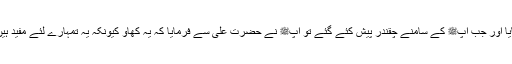
اس لئے آپﷺ نے حضرت علیؓ کو منع فرمایا اور جب آپﷺ کے سامنے چقندر پیش کئے گئے تو آپﷺ نے حضرت علیؓ سے فرمایا کہ یہ کھاؤ کیونکہ یہ تمہارے لئے مفید ہیں اور تمہاری ناطاقتی کو یہ دور کر دے گا۔